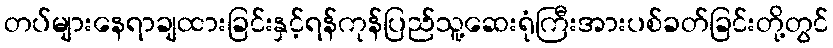
တပ်များနေရာချထားခြင်းနှင့်ရန်ကုန်ပြည်သူ့ဆေးရုံကြီးအားပစ်ခတ်ခြင်းတို့တွင်